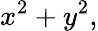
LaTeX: x^{2}+y^{2},